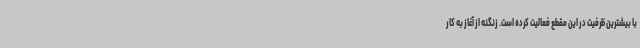
با بیشترین ظرفیت در این مقطع فعالیت کرده است. زنگنه از آغاز به کار